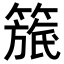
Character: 𥲬